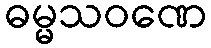
ဓမ္မသဝဏေ